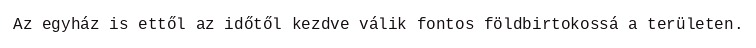
Az egyház is ettől az időtől kezdve válik fontos földbirtokossá a területen.